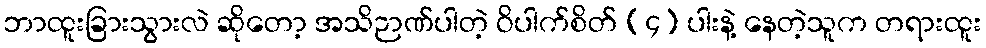
ဘာထူးခြားသွားလဲ ဆိုတော့ အသိဉာဏ်ပါတဲ့ ဝိပါက်စိတ် (၄) ပါးနဲ့ နေတဲ့သူက တရားထူး